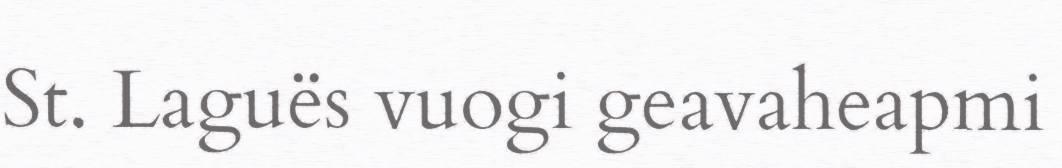
St. Laguës vuogi geavaheapmi